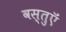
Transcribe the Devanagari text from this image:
वस्‍तुऍं